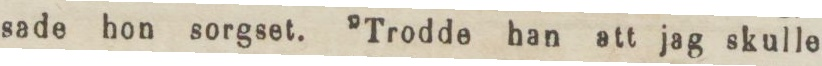
sade hon sorgset. ”Trodde han att jag skulle